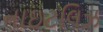
નાઇટલિઝ